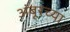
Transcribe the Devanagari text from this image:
अंबूरच्या